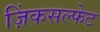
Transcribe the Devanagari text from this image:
ज़िंकसल्फेट